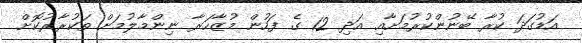
އަޑުގަދަ ކުރާ ބޭނުންކުރުމަށާއި އަދި 12 ގެ ފަހުން މުޒާހަރާ ނިންމާލުމަށް ތަކުރާރުކޮށް